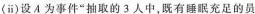
（īī）设A为事件“抽取的3人中，既有睡眠充足的员